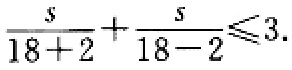
$\frac{s}{18 + 2}+\frac{s}{18 - 2}\leqslant3$